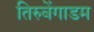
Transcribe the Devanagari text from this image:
तिरुवेंगाडम